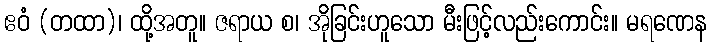
ဧဝံ (တထာ)၊ ထို့အတူ။ ဇရာယ စ၊ အိုခြင်းဟူသော မီးဖြင့်လည်းကောင်း။ မရဏေန